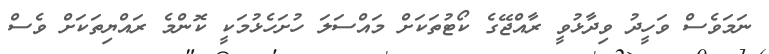
ނަމަވެސް ވަހީދު ވިދާޅުވީ ރާއްޖޭގެ ކޯޓުތަކަށް މައްސަލަ ހުށަހެޅުމަކީ ކޮންމެ ރައްޔިތަކަށް ވެސް